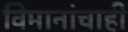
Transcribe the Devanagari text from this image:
विमानांचाही